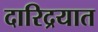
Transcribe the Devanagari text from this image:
दारिद्रयात